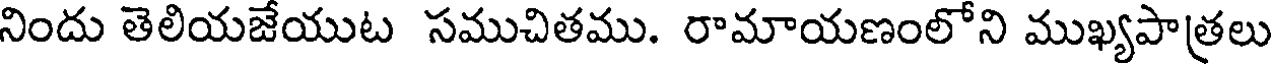
నిందు తెలియజేయుట సముచితము. రామాయణంలోని ముఖ్యపాత్రలు